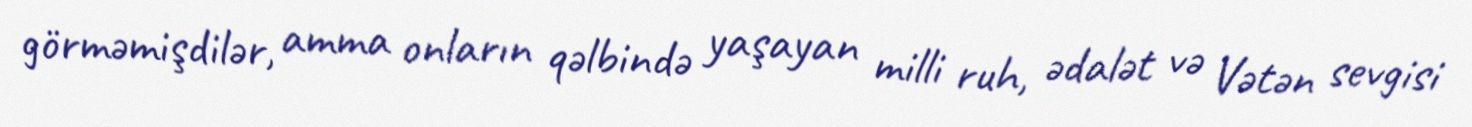
görməmişdilər, amma onların qəlbində yaşayan milli ruh, ədalət və Vətən sevgisi